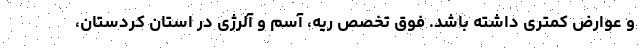
و عوارض کمتری داشته باشد. فوق تخصص ریه، آسم و آلرژی در استان کردستان،